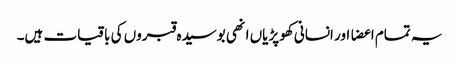
یہ تمام اعضا اور انسانی کھوپڑیاں انھی بوسیدہ قبروں کی باقیات ہیں۔